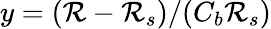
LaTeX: y=(\mathcal{R}-\mathcal{R}_{s})/(C_{b}\mathcal{R}_{s})